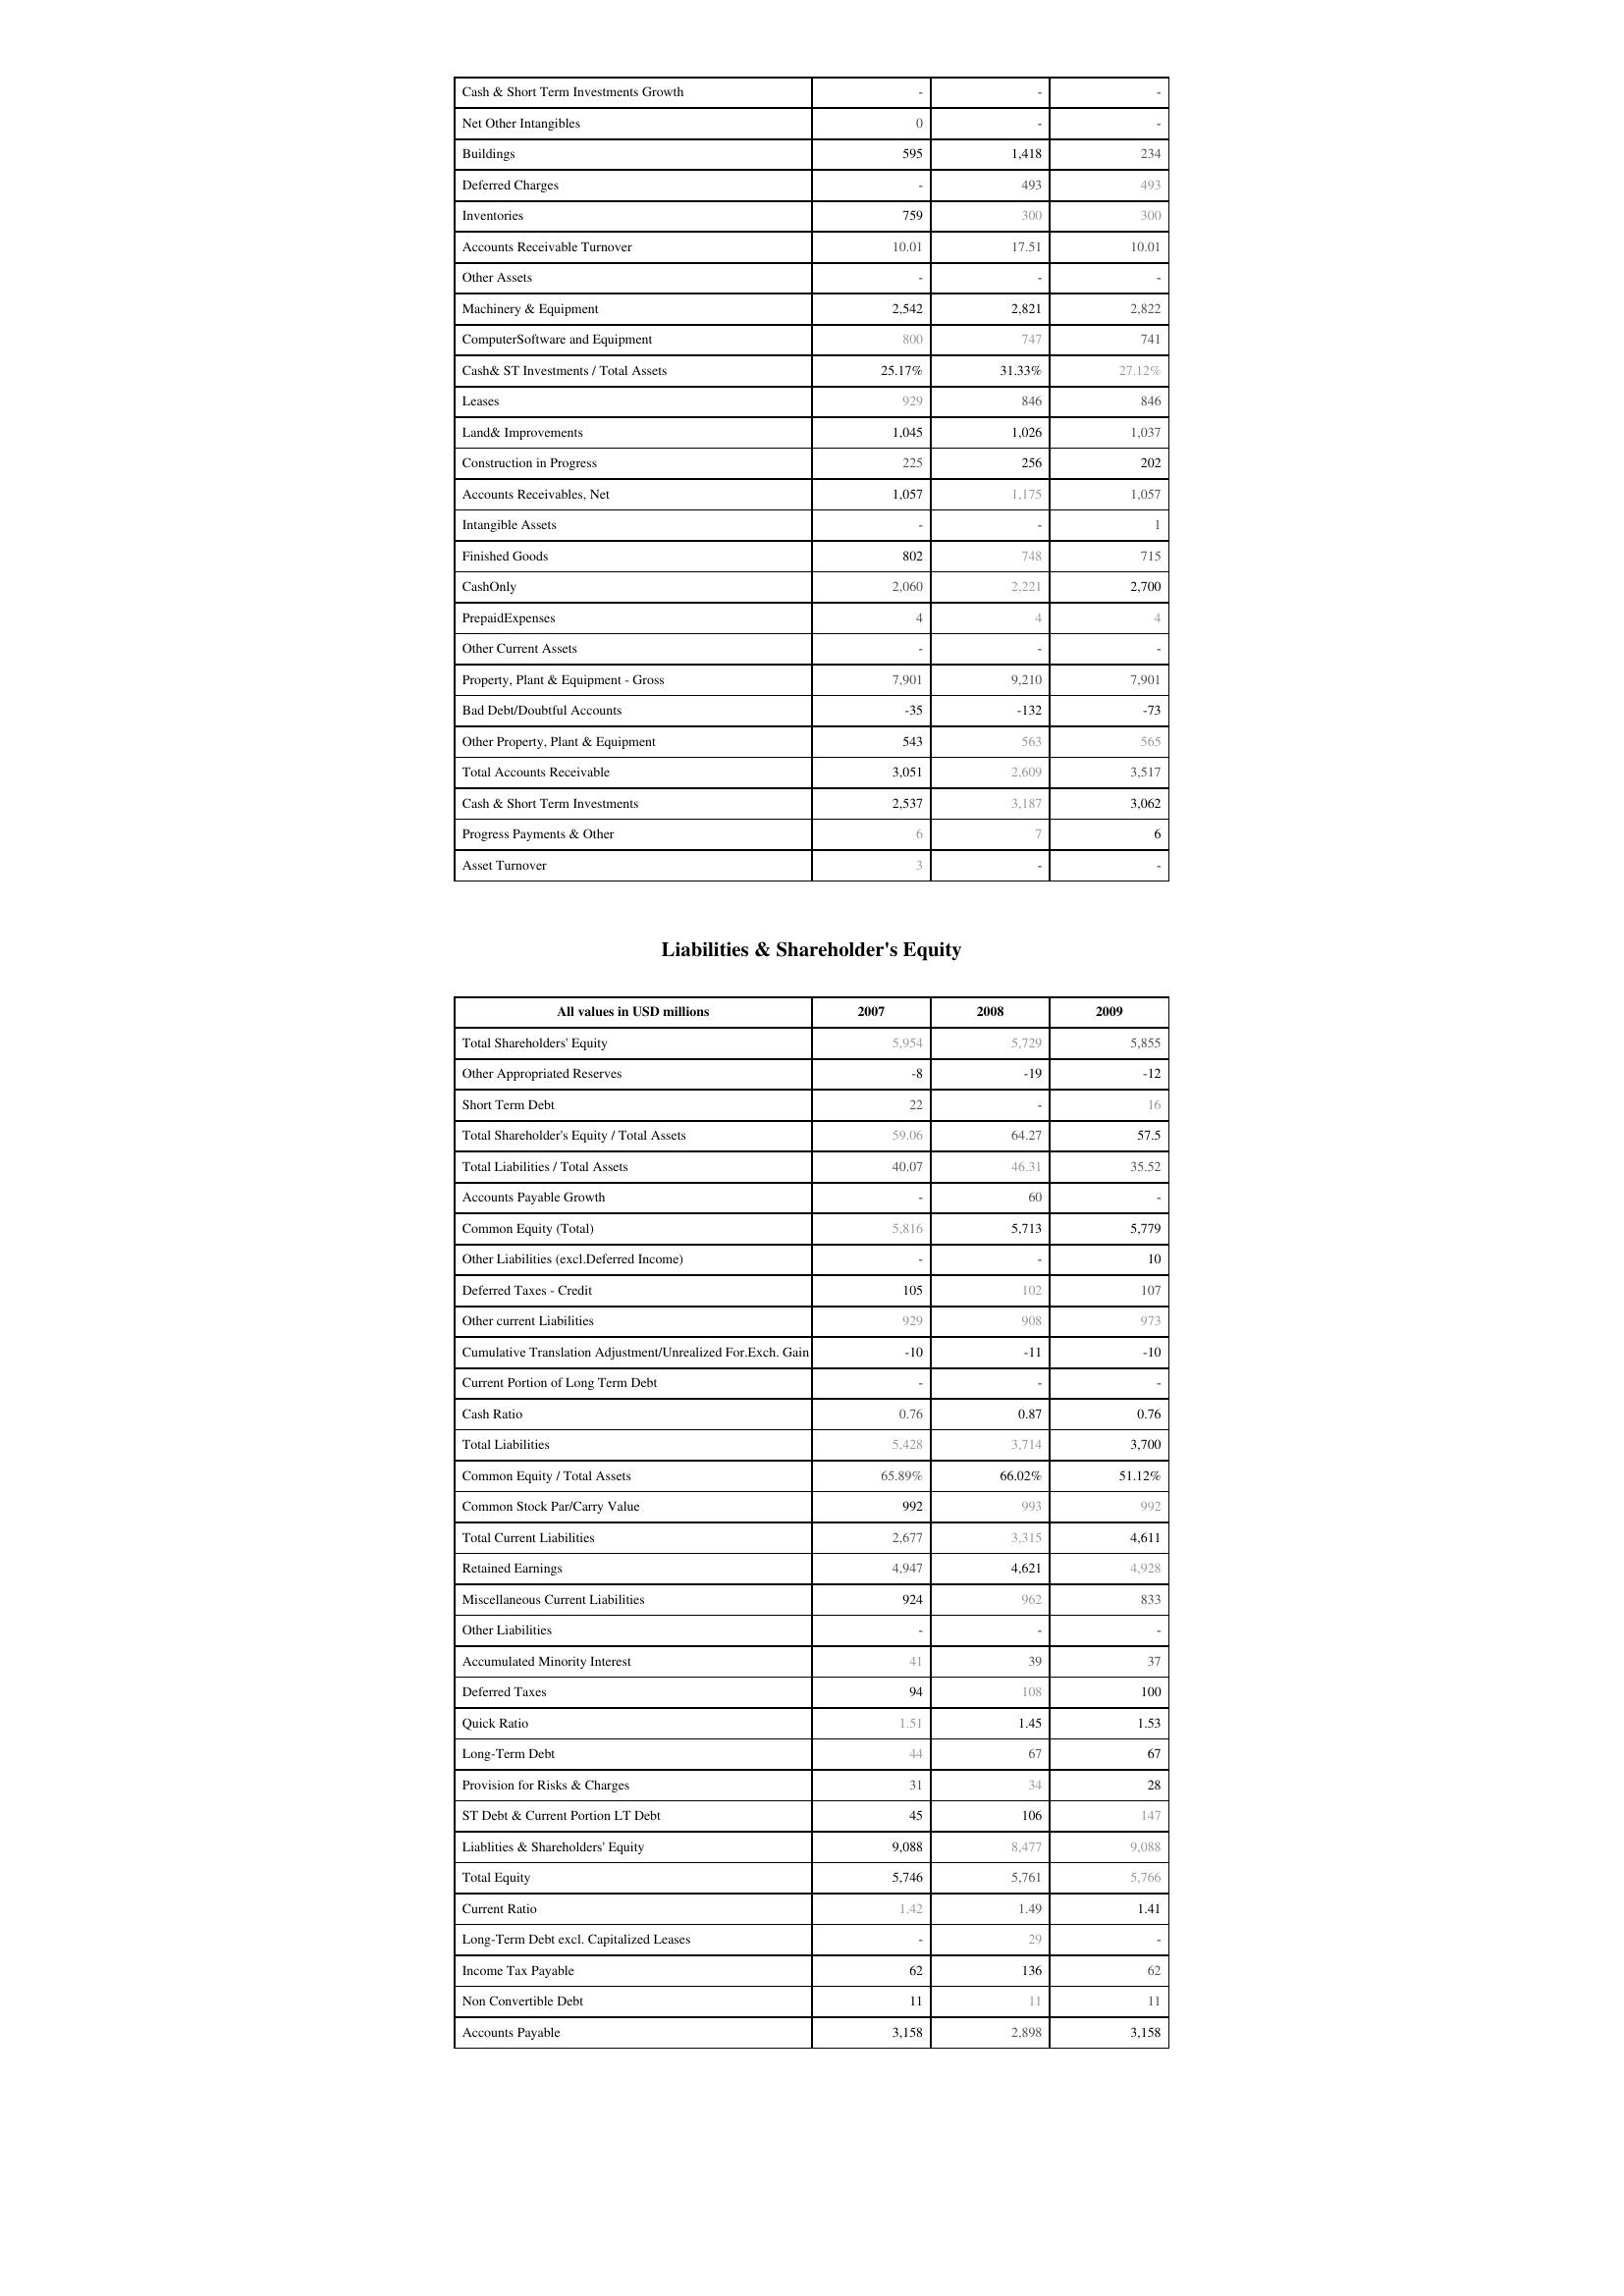
2007: Assets: Cash & Short Term Investments Growth: -
Net Other Intangibles: 0
Buildings: 595
Deferred Charges: -
Inventories: 759
Accounts Receivable Turnover: 10.01
Other Assets: -
Machinery & Equipment: 2,542
ComputerSoftware and Equipment: 800
Cash& ST Investments / Total Assets: 25.17%
Leases: 929
Land& Improvements: 1,045
Construction in Progress: 225
Accounts Receivables, Net: 1,057
Intangible Assets: -
Finished Goods: 802
CashOnly: 2,060
PrepaidExpenses: 4
Other Current Assets: -
Property, Plant & Equipment - Gross : 7,901
Bad Debt/Doubtful Accounts: -35
Other Property, Plant & Equipment: 543
Total Accounts Receivable: 3,051
Cash & Short Term Investments: 2,537
Progress Payments & Other: 6
Asset Turnover: 3
Liabilities & Shareholder's Equity: Total Shareholders' Equity: 5,954
Other Appropriated Reserves: -8
Short Term Debt: 22
Total Shareholder's Equity / Total Assets: 59.06
Total Liabilities / Total Assets: 40.07
Accounts Payable Growth: -
Common Equity (Total): 5,816
Other Liabilities (excl.Deferred Income): -
Deferred Taxes - Credit: 105
Other current Liabilities: 929
Cumulative Translation Adjustment/Unrealized For.Exch. Gain: -10
Current Portion of Long Term Debt: -
Cash Ratio: 0.76
Total Liabilities: 5,428
Common Equity / Total Assets: 65.89%
Common Stock Par/Carry Value: 992
Total Current Liabilities: 2,677
Retained Earnings: 4,947
Miscellaneous Current Liabilities: 924
Other Liabilities: -
Accumulated Minority Interest: 41
Deferred Taxes: 94
Quick Ratio: 1.51
Long-Term Debt: 44
Provision for Risks & Charges: 31
ST Debt & Current Portion LT Debt: 45
Liablities & Shareholders' Equity: 9,088
Total Equity: 5,746
Current Ratio: 1.42
Long-Term Debt excl. Capitalized Leases: -
Income Tax Payable: 62
Non Convertible Debt: 11
Accounts Payable: 3,158
2008: Assets: Cash & Short Term Investments Growth: -
Net Other Intangibles: -
Buildings: 1,418
Deferred Charges: 493
Inventories: 300
Accounts Receivable Turnover: 17.51
Other Assets: -
Machinery & Equipment: 2,821
ComputerSoftware and Equipment: 747
Cash& ST Investments / Total Assets: 31.33%
Leases: 846
Land& Improvements: 1,026
Construction in Progress: 256
Accounts Receivables, Net: 1,175
Intangible Assets: -
Finished Goods: 748
CashOnly: 2,221
PrepaidExpenses: 4
Other Current Assets: -
Property, Plant & Equipment - Gross : 9,210
Bad Debt/Doubtful Accounts: -132
Other Property, Plant & Equipment: 563
Total Accounts Receivable: 2,609
Cash & Short Term Investments: 3,187
Progress Payments & Other: 7
Asset Turnover: -
Liabilities & Shareholder's Equity: Total Shareholders' Equity: 5,729
Other Appropriated Reserves: -19
Short Term Debt: -
Total Shareholder's Equity / Total Assets: 64.27
Total Liabilities / Total Assets: 46.31
Accounts Payable Growth: 60
Common Equity (Total): 5,713
Other Liabilities (excl.Deferred Income): -
Deferred Taxes - Credit: 102
Other current Liabilities: 908
Cumulative Translation Adjustment/Unrealized For.Exch. Gain: -11
Current Portion of Long Term Debt: -
Cash Ratio: 0.87
Total Liabilities: 3,714
Common Equity / Total Assets: 66.02%
Common Stock Par/Carry Value: 993
Total Current Liabilities: 3,315
Retained Earnings: 4,621
Miscellaneous Current Liabilities: 962
Other Liabilities: -
Accumulated Minority Interest: 39
Deferred Taxes: 108
Quick Ratio: 1.45
Long-Term Debt: 67
Provision for Risks & Charges: 34
ST Debt & Current Portion LT Debt: 106
Liablities & Shareholders' Equity: 8,477
Total Equity: 5,761
Current Ratio: 1.49
Long-Term Debt excl. Capitalized Leases: 29
Income Tax Payable: 136
Non Convertible Debt: 11
Accounts Payable: 2,898
2009: Assets: Cash & Short Term Investments Growth: -
Net Other Intangibles: -
Buildings: 234
Deferred Charges: 493
Inventories: 300
Accounts Receivable Turnover: 10.01
Other Assets: -
Machinery & Equipment: 2,822
ComputerSoftware and Equipment: 741
Cash& ST Investments / Total Assets: 27.12%
Leases: 846
Land& Improvements: 1,037
Construction in Progress: 202
Accounts Receivables, Net: 1,057
Intangible Assets: 1
Finished Goods: 715
CashOnly: 2,700
PrepaidExpenses: 4
Other Current Assets: -
Property, Plant & Equipment - Gross : 7,901
Bad Debt/Doubtful Accounts: -73
Other Property, Plant & Equipment: 565
Total Accounts Receivable: 3,517
Cash & Short Term Investments: 3,062
Progress Payments & Other: 6
Asset Turnover: -
Liabilities & Shareholder's Equity: Total Shareholders' Equity: 5,855
Other Appropriated Reserves: -12
Short Term Debt: 16
Total Shareholder's Equity / Total Assets: 57.5
Total Liabilities / Total Assets: 35.52
Accounts Payable Growth: -
Common Equity (Total): 5,779
Other Liabilities (excl.Deferred Income): 10
Deferred Taxes - Credit: 107
Other current Liabilities: 973
Cumulative Translation Adjustment/Unrealized For.Exch. Gain: -10
Current Portion of Long Term Debt: -
Cash Ratio: 0.76
Total Liabilities: 3,700
Common Equity / Total Assets: 51.12%
Common Stock Par/Carry Value: 992
Total Current Liabilities: 4,611
Retained Earnings: 4,928
Miscellaneous Current Liabilities: 833
Other Liabilities: -
Accumulated Minority Interest: 37
Deferred Taxes: 100
Quick Ratio: 1.53
Long-Term Debt: 67
Provision for Risks & Charges: 28
ST Debt & Current Portion LT Debt: 147
Liablities & Shareholders' Equity: 9,088
Total Equity: 5,766
Current Ratio: 1.41
Long-Term Debt excl. Capitalized Leases: -
Income Tax Payable: 62
Non Convertible Debt: 11
Accounts Payable: 3,158